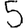
Digit: 5